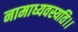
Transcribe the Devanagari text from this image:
नामाध्यवस्यति।।